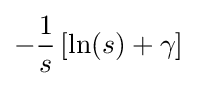
-{1 \over s}\left[\ln(s)+\gamma \right]